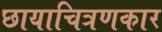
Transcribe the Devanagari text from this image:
छायाचित्रणकार